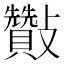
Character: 𣀶